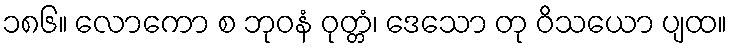
၁၈၆။ လောကော စ ဘုဝနံ ဝုတ္တံ၊ ဒေသော တု ဝိသယော ပျထ။